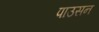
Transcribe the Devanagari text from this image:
पाउसन